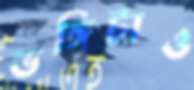
ভঙ্গিটাও